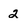
Character: 2